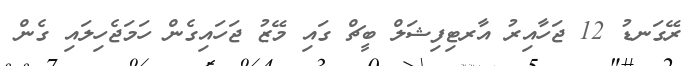
ރޭގަނޑު 12 ޖަހާއިރު އާރޓިފިޝަލް ބީޗް ގައި މޭޒު ޖަހައިގެން ހަމަޖެހިލައި ގެން